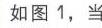
如图 1，当